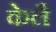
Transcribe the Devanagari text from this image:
केलै